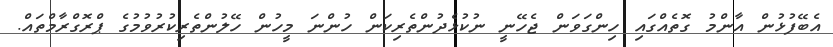
އެބޭފުޅުން އާންމު ގޮތެއްގައި ހިންގަވަން ޖެހޭނީ ނުކުޅެދުންތެރިކަން ހުންނަ މީހުން ހޭލުންތެރިކުރުވުމުގެ ޕްރޮގްރާމްތައް.